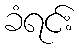
ခံရင်း